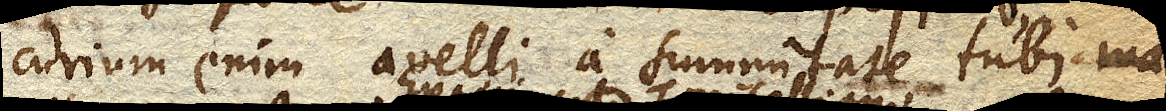
curium enim avelli a summitate tubi ma–